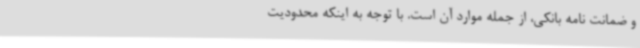
و ضمانت نامه بانکی، از جمله موارد آن است. با توجه به اینکه محدودیت